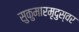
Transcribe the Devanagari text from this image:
सुकुमारमृदुस्वर